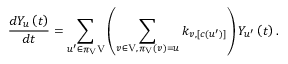
\frac { d Y _ { u } \left( t \right) } { d t } = \sum _ { u ^ { \prime } \in \pi _ { \mathrm { V } } \mathrm { V } } \left( \sum _ { \substack { v \in \mathrm { V } , \, \pi _ { \mathrm { V } } \left( v \right) = u } } k _ { v , \left[ c \left( u ^ { \prime } \right) \right] } \right) Y _ { u ^ { \prime } } \left( t \right) .